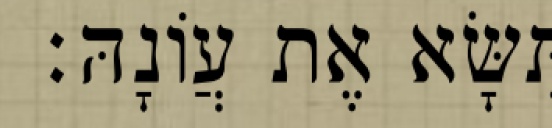
תִּשָּׂא אֶת עֲוֹנָהּ׃